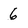
Character: 6